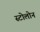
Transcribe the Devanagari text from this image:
स्टोलोन